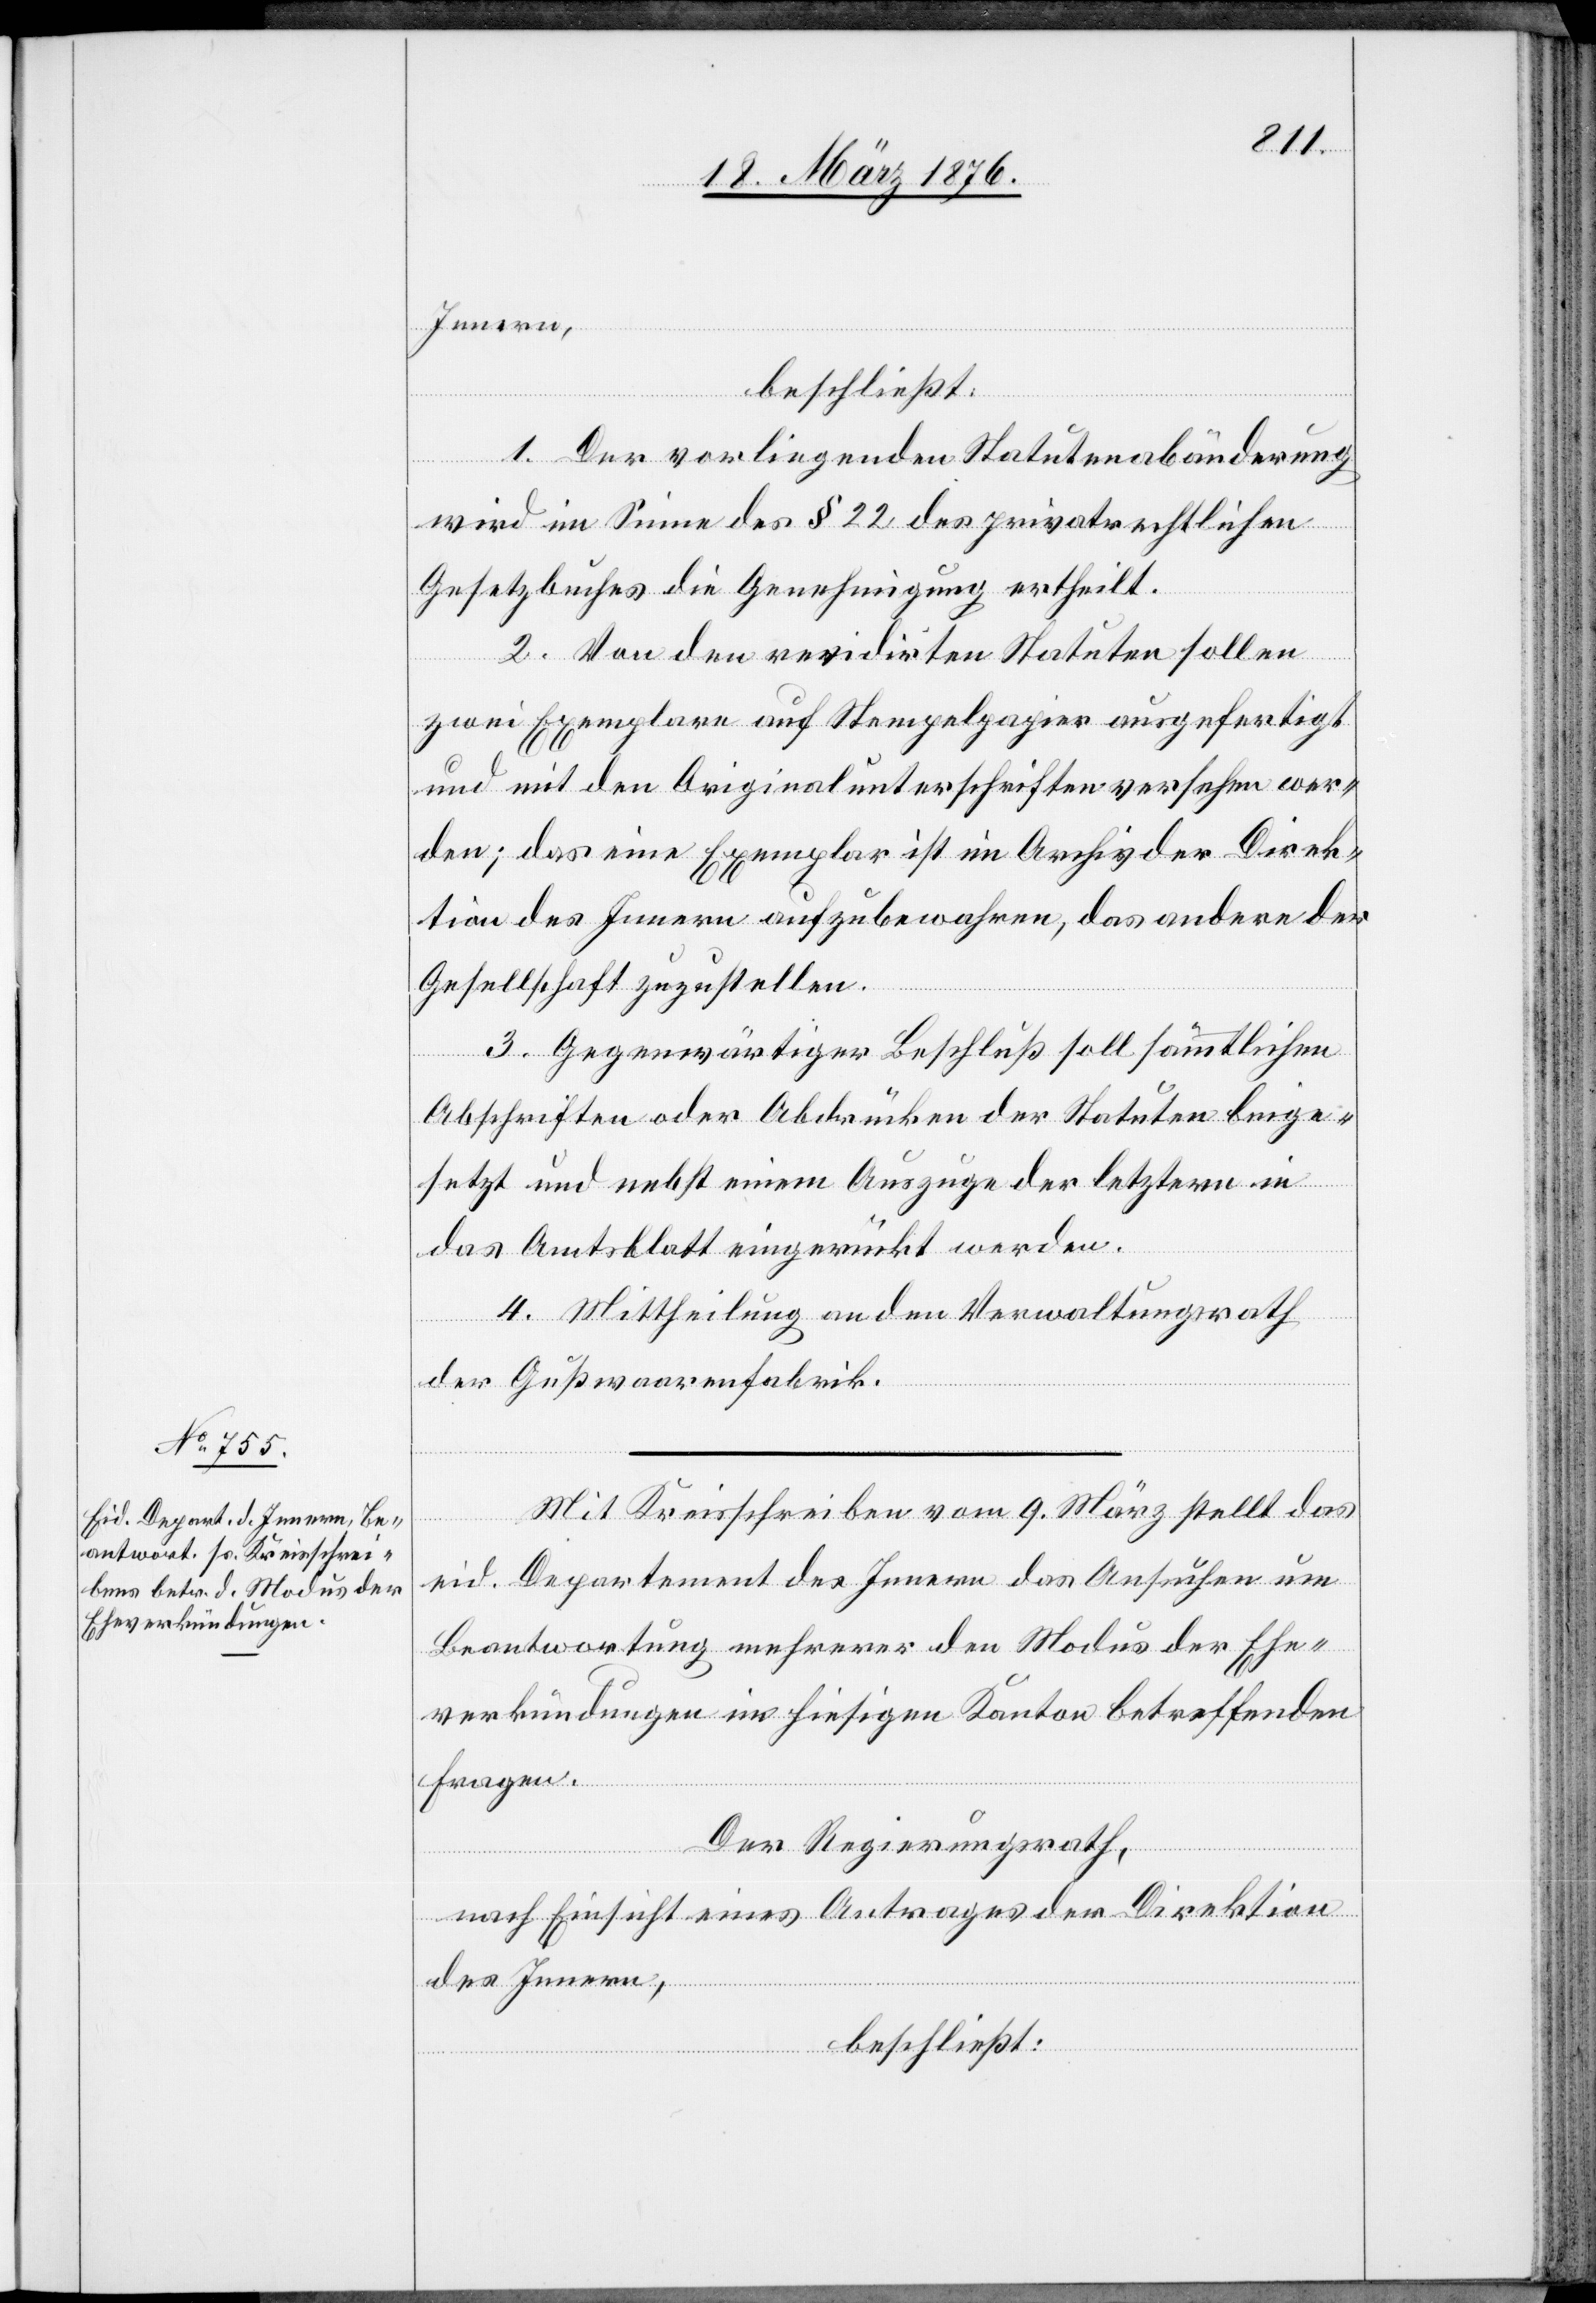
Innern,
setzt
beschließt:
1. Der vorliegenden Statutenabänderung
wird im Sinne des § 22 des privatrechtlichen
Gesetzbuches die Genehmigung ertheilt.
2. Von den revidirten Statuten sollen
i mit den Originalunterschriften versehen wer¬
den; das eine Exemplar ist im Archiv der Direk¬
tion des Innern aufzubewahren, das andere der
Gesellschaft zuzustellen.
wer¬
3. Gegenwärtiger Beschluß soll sämmtlichen
Abschriften oder Abdrücken der Statuten beige¬
den und nebst einem Auszuge der letztern in
das Amtsblatt eingerückt werden.
4. Mittheilung an den Verwaltungsrath
der Gußwaarenfabrik.
Mit Kreisschreiben vom 9. März stellt das
eid. Departement des Innern das Ansuchen um
Beantwortung mehrerer den Modus der Ehe¬
verkündungen im hiesigen Kanton betreffenden
Fragen.
Der Regierungsrath,
nach Einsicht eines Antrages der Direktion
des Innern,
beschließt: